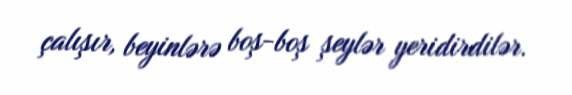
çalışır, beyinlərə boş-boş şeylər yeridirdilər.